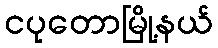
ငပုတောမြို့နယ်